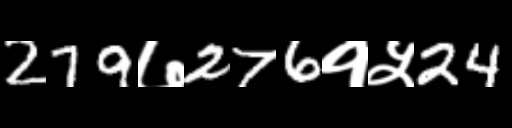
Text: 279७276१५24